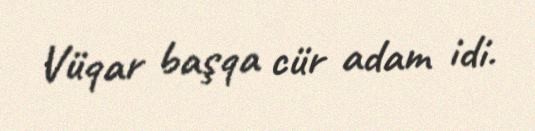
Vüqar başqa cür adam idi.